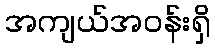
အကျယ်အဝန်းရှိ